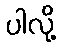
ပါလို့